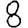
Digit: 8